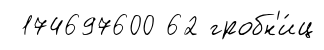
174697600 62 гробн'и́ц